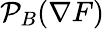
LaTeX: {\mathcal{P}}_{B}(\nabla F)